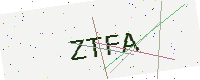
Text: ZTFA